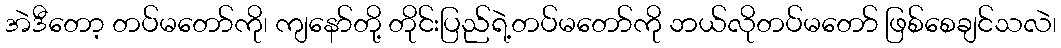
အဲဒီတော့ တပ်မတော်ကို၊ ကျနော်တို့ တိုင်းပြည်ရဲ့တပ်မတော်ကို ဘယ်လိုတပ်မတော် ဖြစ်စေချင်သလဲ၊